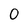
Character: 0